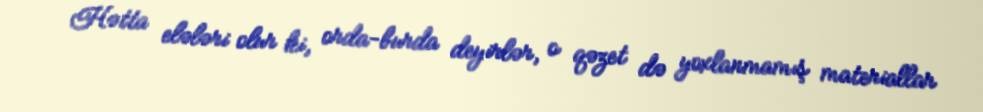
Hətta elələri olur ki, orda-burda deyirlər, o qəzet də yoxlanmamış materiallar